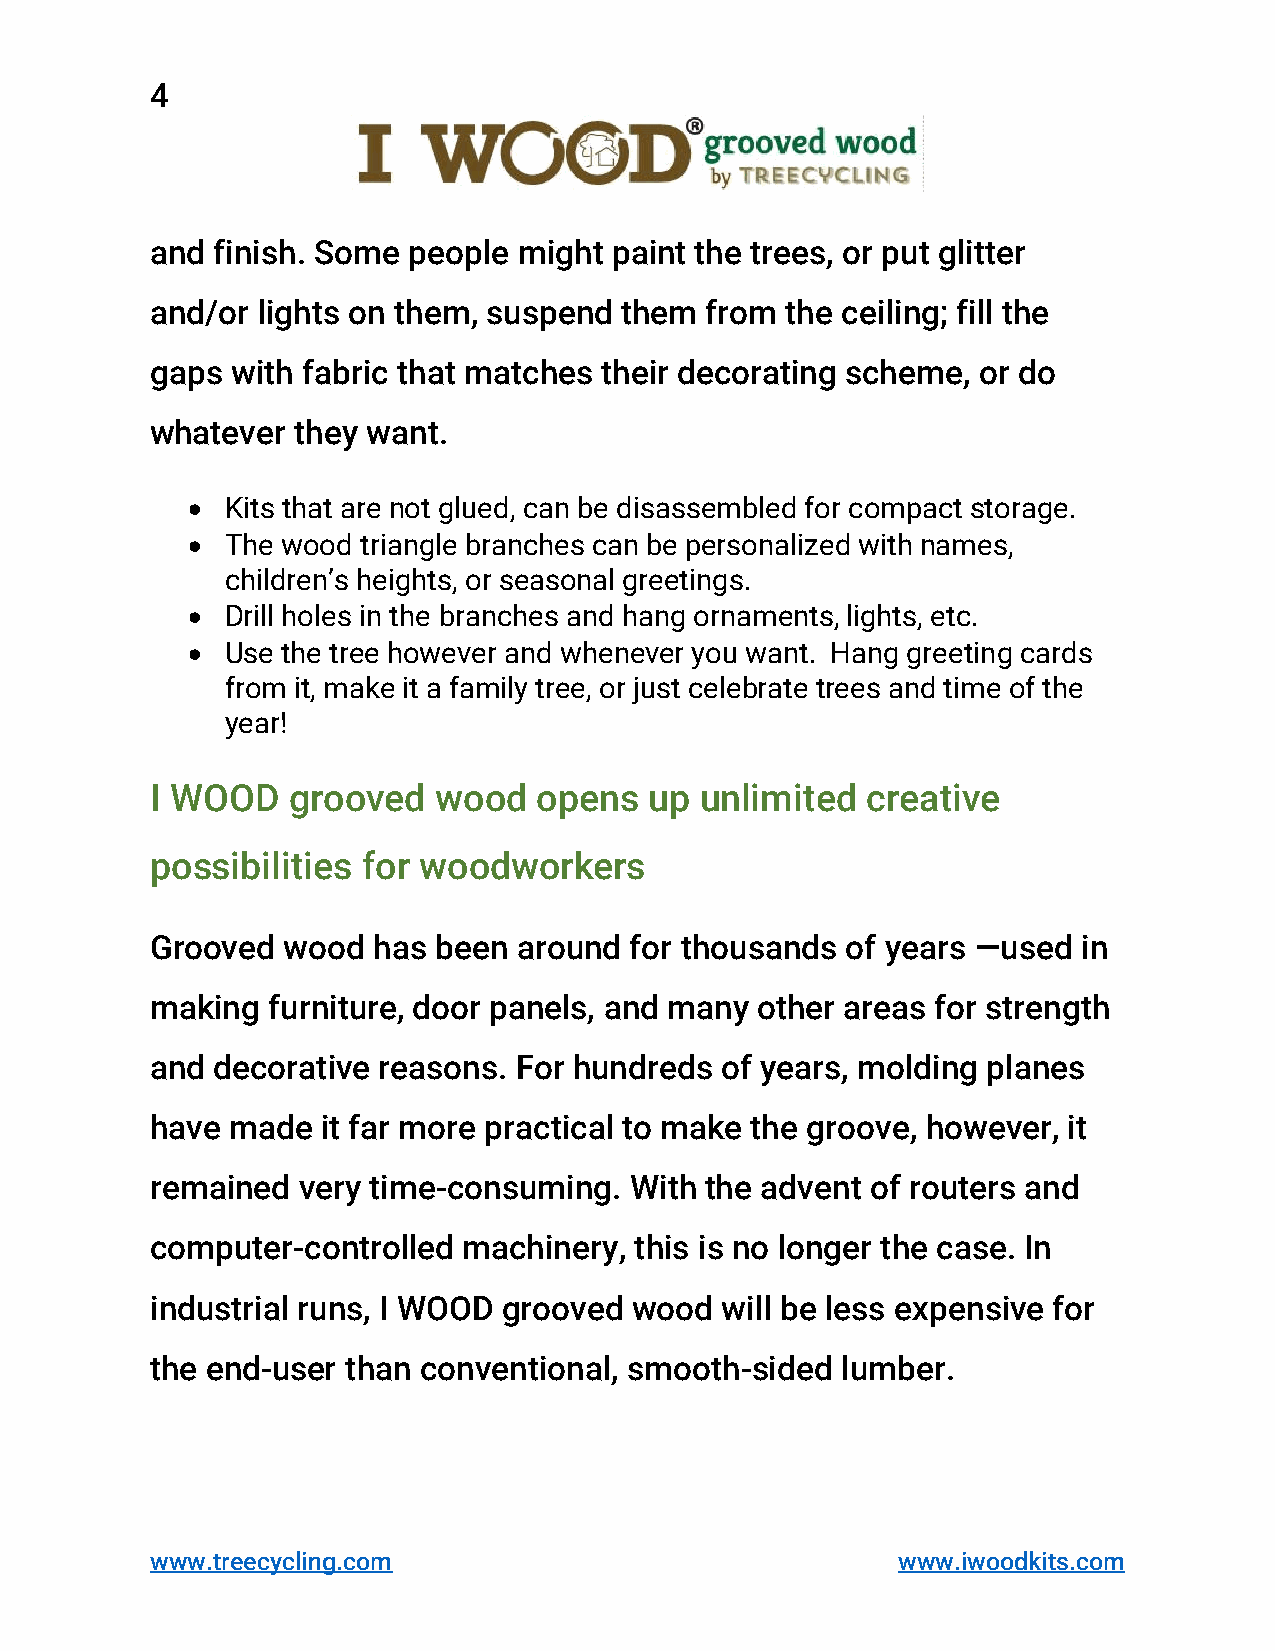
4
 and finish. Some people might  paint the trees, or put glitter
 and/or lights on them, suspend them  from the ceiling; fill the
 gaps with fabric that matches their decorating scheme, or do
 whatever they want.
 •  Kits that are not glued, can be disassembled for compact storage.
 •  The wood triangle branches can be personalized with names,
 children’s heights, or seasonal greetings.
 •  Drill holes in the branches and hang ornaments, lights, etc.
 •  Use the tree however and whenever you want. Hang greeting cards
 from it, make it a family tree, or just celebrate trees and time of the
 year!
 I WOOD   grooved   wood   opens  up unlimited  creative
 possibilities for woodworkers
 Grooved  wood  has been around  for thousands of years —used  in
 making  furniture, door panels, and many other areas for strength
 and decorative reasons. For hundreds  of years, molding planes
 have made  it far more practical to make the groove, however, it
 remained  very time-consuming.  With the advent of routers and
 computer-controlled  machinery, this is no longer the case. In
 industrial runs, I WOOD grooved wood  will be less expensive for
 the end-user than conventional, smooth-sided  lumber.
 www.treecycling.com                              www.iwoodkits.com